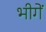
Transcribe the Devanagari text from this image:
भीगें